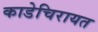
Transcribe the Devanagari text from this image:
काडेचिरायत